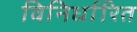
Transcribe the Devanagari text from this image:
विनिर्धारित